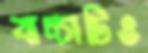
বাচ্চাটিও